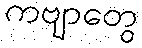
ကဗျာတွေ